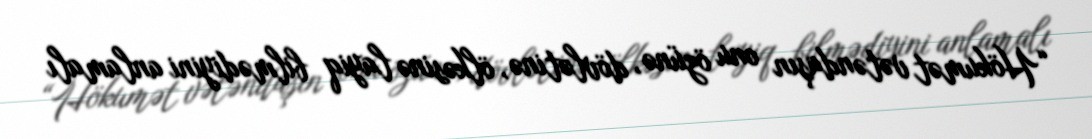
“Hökumət vətəndaşın onu özünə, dövlətinə, ölkəsinə layiq bilmədiyini anlamalı